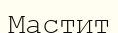
Мастит